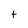
Character: t